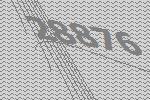
28876